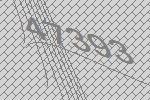
47393